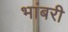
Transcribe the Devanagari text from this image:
भांबरी